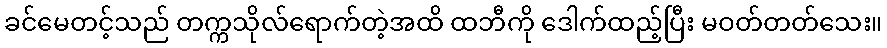
ခင်မေတင့်သည် တက္ကသိုလ်ရောက်တဲ့အထိ ထဘီကို ဒေါက်ထည့်ပြီး မဝတ်တတ်သေး။